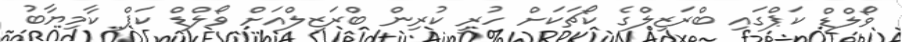
ވޯލްޑް ކަޕްގައި ބްރަޒިލްގެ ކޯޗަކަށް ހުރީ ކުރިން ބްރަޒިލްއަށް ވޯލްޑް ކަޕް ކާމިޔާބު